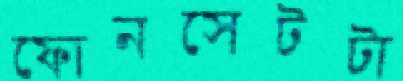
ফোনসেটটা